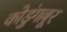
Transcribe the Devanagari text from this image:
कोडुंगल्लूर